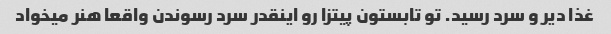
غذا دیر و سرد رسید. تو تابستون پیتزا رو اینقدر سرد رسوندن واقعا هنر میخواد